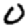
Digit: 0